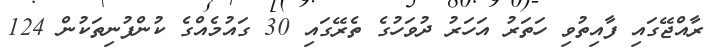
ރާއްޖޭގައި ފާއިތުވި ހަތަރު އަހަރު ދުވަހުގެ ތެރޭގައި 30 ގައުމެއްގެ ކުންފުނިތަކުން 124